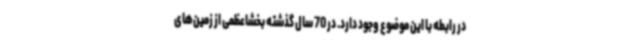
در رابطه با این موضوع وجود دارد. در 70 سال گذشته بخشاعظمی از زمین‌های